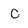
Character: c